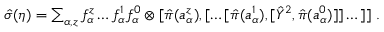
\textstyle \hat { \sigma } ( \eta ) = \sum _ { \alpha , z } f _ { \alpha } ^ { z } \dots f _ { \alpha } ^ { 1 } f _ { \alpha } ^ { 0 } \otimes [ \hat { \pi } ( a _ { \alpha } ^ { z } ) , [ \dots [ \hat { \pi } ( a _ { \alpha } ^ { 1 } ) , [ \hat { Y } ^ { 2 } , \hat { \pi } ( a _ { \alpha } ^ { 0 } ) ] ] \dots ] ] ~ .